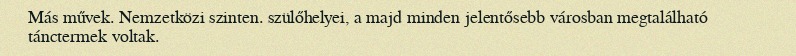
Más művek. Nemzetközi szinten. szülőhelyei, a majd minden jelentősebb városban megtalálható tánctermek voltak.